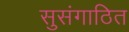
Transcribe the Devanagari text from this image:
सुसंगाठित